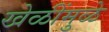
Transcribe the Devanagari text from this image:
खेळींमुळे